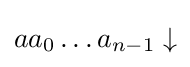
aa_{0}\dots a_{n-1}\downarrow